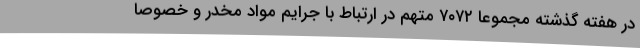
در هفته گذشته مجموعاً ۷۰۷۲ متهم در ارتباط با جرایم مواد مخدر و خصوصاً